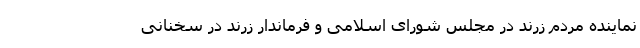
نماینده مردم زرند در مجلس شورای اسلامی و فرماندار زرند در سخنانی